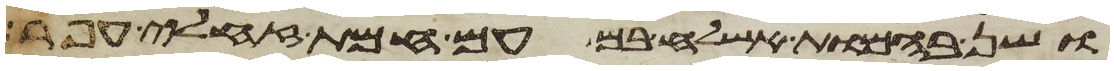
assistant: ושן בהמות אשלח בם עם חמת זחלי עפר